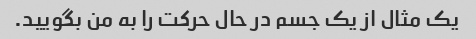
یک مثال از یک جسم در حال حرکت را به من بگویید.